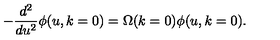
- \frac { d ^ { 2 } } { d u ^ { 2 } } \phi ( u , k = 0 ) = \Omega ( k = 0 ) \phi ( u , k = 0 ) .